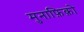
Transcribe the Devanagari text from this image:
मुनाफ़िक़ो